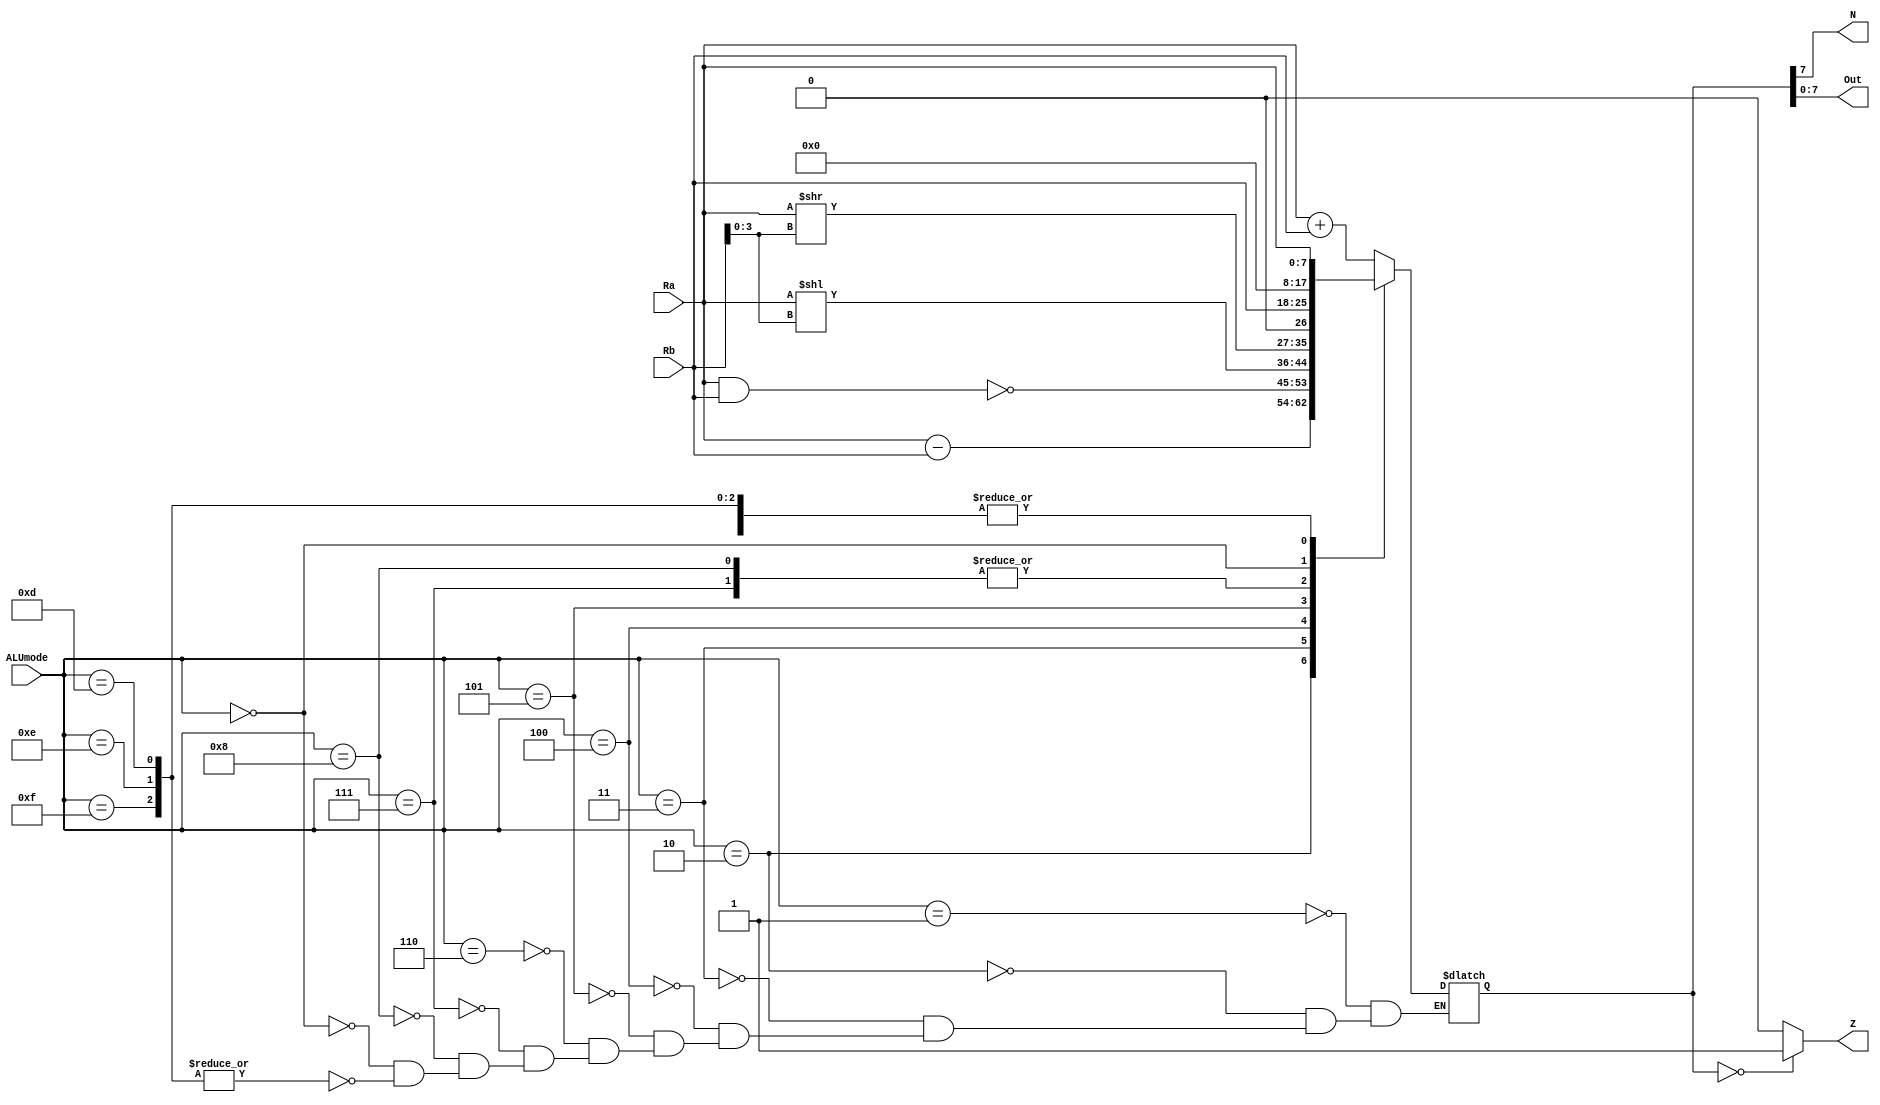
module Alu(
    input wire [7:0] Ra, 
    input wire [7:0] Rb, 
    input wire [3:0] ALUmode, 
    output wire Z, 
    output wire N, 
    output wire [7:0] Out
);

parameter NOP = 4'b0000;
parameter ADD = 4'b0001;
parameter SUB = 4'b0010;
parameter NAND = 4'b0011;
parameter SHL = 4'b0100;
parameter SHR = 4'b0101;
parameter OUT = 4'b0110;
parameter IN = 4'b0111;
parameter MOV = 4'b1000;

parameter LOAD = 4'b1101;
parameter STORE = 4'b1110;
parameter LOADIMM = 4'b1111;

// Intermediate wires
reg [8:0] ALUresult;
reg zeroFlag;
reg negativeFlag;

always @* begin
    // ALU operations
    case (ALUmode)
        ADD: ALUresult = Ra + Rb;
        SUB: ALUresult = Ra - Rb;
        NAND: ALUresult = ~ (Ra & Rb);
        SHL: ALUresult = Ra << Rb[3:0];
        SHR: ALUresult = Ra >> Rb[3:0];
        OUT: ALUresult = Ra;
        IN: ALUresult = Rb;
        MOV: ALUresult = Rb;
        NOP: ALUresult = 8'b0;
        LOAD, STORE, LOADIMM: ALUresult = Ra;
    endcase
end

// Zero flag
assign Z = (ALUresult == 8'b0) ? 1'b1 : 1'b0;

// Negative flag
assign N = ALUresult[7];

// Output
assign Out = ALUresult[7:0];

endmodule